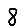
Digit: 8